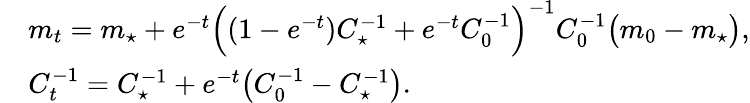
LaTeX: \begin{array}{rl}&{m_{t}=m_{\star}+e^{-t}\Bigl((1-e^{-t})C_{\star}^{-1}+e^{-t}C_{0}^{-1}\Bigr)^{-1}C_{0}^{-1}\bigl(m_{0}-m_{\star}\bigr),}\\ &{C_{t}^{-1}=C_{\star}^{-1}+e^{-t}\bigl(C_{0}^{-1}-C_{\star}^{-1}\bigr).}\end{array}